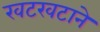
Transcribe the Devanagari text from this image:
खटखटाने